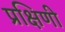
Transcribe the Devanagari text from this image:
प्रक्षिणी